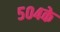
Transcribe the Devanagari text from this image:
५०४के